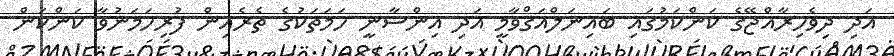
އަދި ދިވެހިރާއްޖޭގެ ކަންކަމުގައި ބައިނަލްއަޤްވާމީ އަދި އިންސާނީ ހަމަތަކުގެ ތެރެއިން ފުރިހަމަނުވާ ކަންކަން